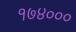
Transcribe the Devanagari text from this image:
१७४०००